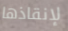
لإنقاذها